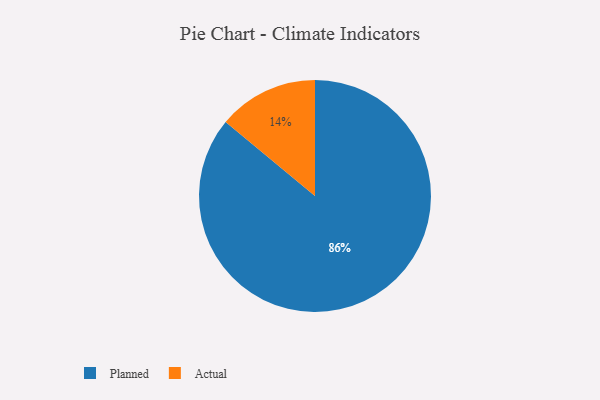
{"axis": {"x": "Category", "y": "Percentage"}, "legend": ["Actual", "Planned"], "data": [{"x": "Planned", "y": 86, "type": "Planned"}, {"x": "Actual", "y": 14, "type": "Actual"}]}